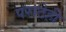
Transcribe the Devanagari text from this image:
पराठेही